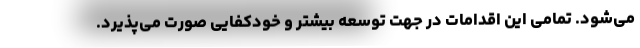
می‌شود. تمامی این اقدامات در جهت توسعه بیشتر و خودکفایی صورت می‌پذیرد.